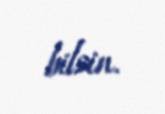
bilsin.